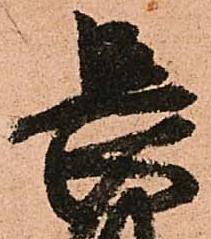
長